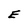
Character: E